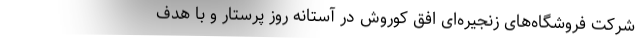
شرکت فروشگاه­های زنجیره­ای افق کوروش در آستانه روز پرستار و با هدف